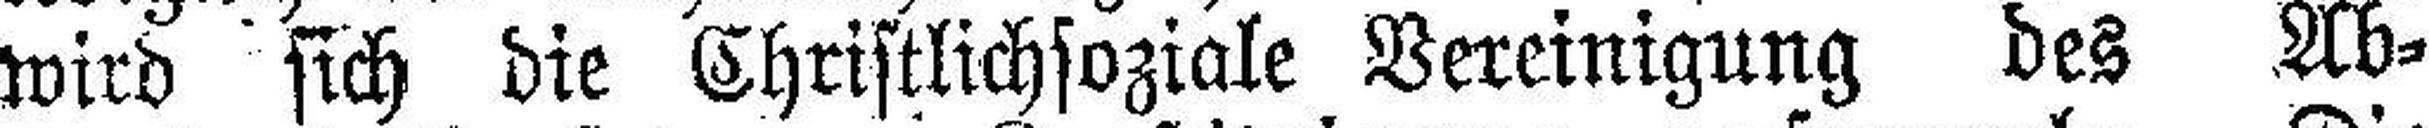
wird sich die Christlichsoziale Vereinigung des Ab¬